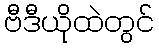
ဗီဒီယိုထဲတွင်